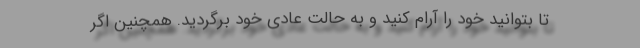
تا بتوانید خود را آرام کنید و به حالت عادی خود برگردید. همچنین اگر